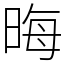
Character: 晦